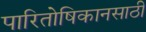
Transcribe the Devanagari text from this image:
पारितोषिकानसाठी